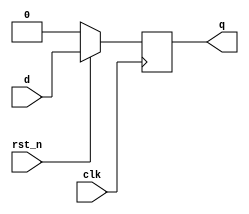
module DFF(output reg q, input d, clk, rst_n);
    always @(posedge clk) begin
        if(~rst_n)
            q <= 1'b0;
        else
            q <= d;
    end
endmodule